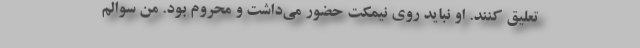
تعلیق کنند. او نباید روی نیمکت حضور می‌داشت و محروم بود. من سوالم